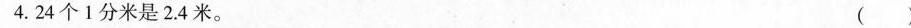
4.24个1分米是2.4米。 ()